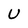
Character: U